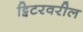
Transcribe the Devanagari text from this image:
ट्विटरवरील